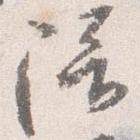
陪